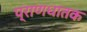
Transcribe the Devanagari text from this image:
प्राणधातक